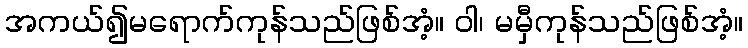
အကယ်၍မရောက်ကုန်သည်ဖြစ်အံ့။ ဝါ၊ မမှီကုန်သည်ဖြစ်အံ့။